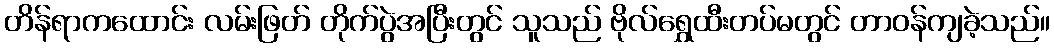
တိန်ရာကထောင်း လမ်းဖြတ် တိုက်ပွဲအပြီးတွင် သူသည် ဗိုလ်ရွှေထီးတပ်မတွင် တာဝန်ကျခဲ့သည်။